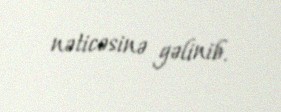
nəticəsinə gəlinib.